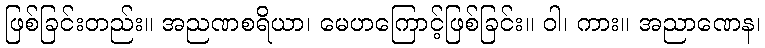
ဖြစ်ခြင်းတည်း။ အညဏစရိယာ၊ မေဟကြောင့်ဖြစ်ခြင်း။ ဝါ၊ ကား။ အညာဏေန၊